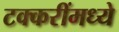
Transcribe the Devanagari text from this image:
टक्करींमध्ये